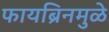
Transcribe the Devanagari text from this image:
फायब्रिनमुळे